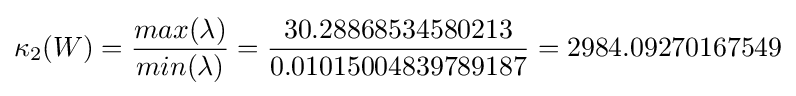
\kappa _{2}(W)={\frac {max(\lambda )}{min(\lambda )}}={\frac {30.28868534580213}{0.01015004839789187}}=2984.09270167549